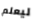
ليعلم